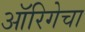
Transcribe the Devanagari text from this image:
ऑरिगेचा